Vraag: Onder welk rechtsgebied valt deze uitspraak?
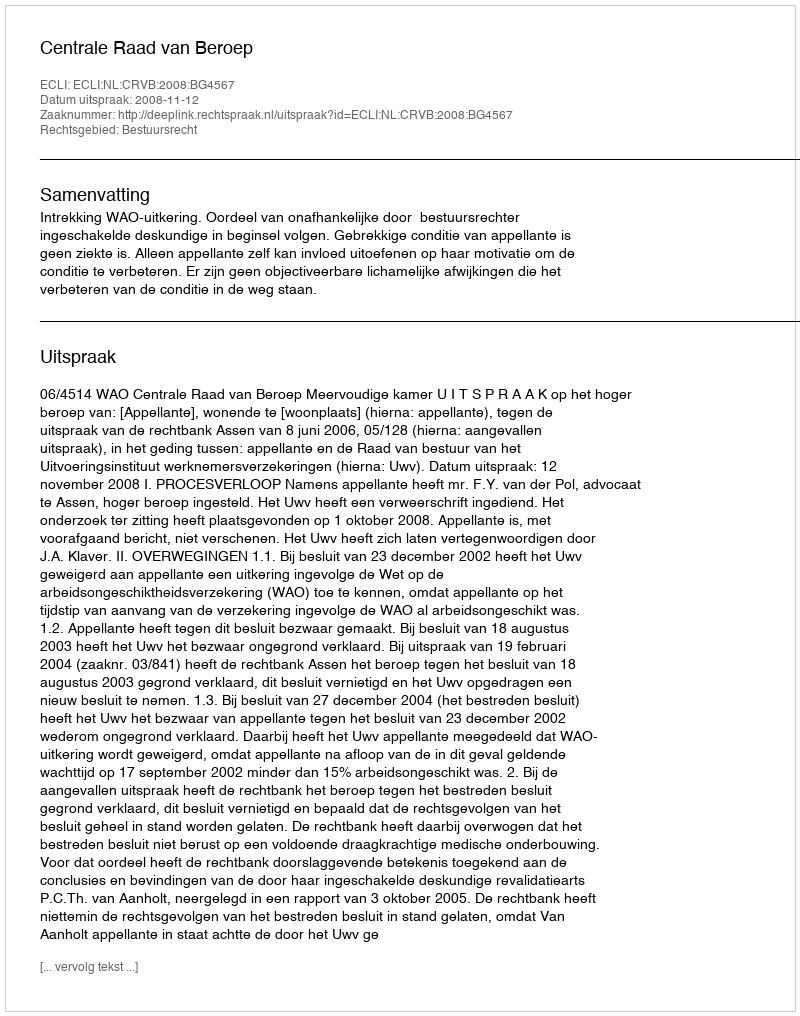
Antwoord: Bestuursrecht